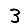
Digit: 3